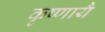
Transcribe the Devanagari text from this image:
कृष्णायै